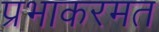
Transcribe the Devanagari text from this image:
प्रभाकरमत